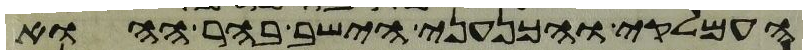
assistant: העמלקי והכנעני הישב בהר ההוא